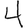
Digit: 4